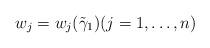
LaTeX: \begin{align*}w_j=w_j(\tilde \gamma _1)(j=1,\dots, n)\end{align*}